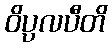
ဝိပ္ပလပီတိ